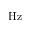
\mathrm { H z }